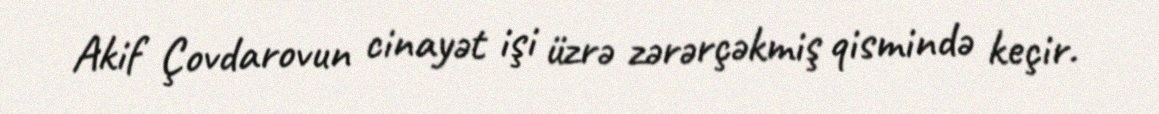
Akif Çovdarovun cinayət işi üzrə zərərçəkmiş qismində keçir.